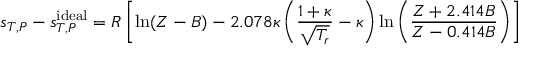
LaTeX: s _ { T , P } - s _ { T , P } ^ { \mathrm { i d e a l } } = R \left[ \ln ( Z - B ) - 2 . 0 7 8 \kappa \left( { \frac { 1 + \kappa } { \sqrt { T _ { r } } } } - \kappa \right) \ln \left( { \frac { Z + 2 . 4 1 4 B } { Z - 0 . 4 1 4 B } } \right) \right]